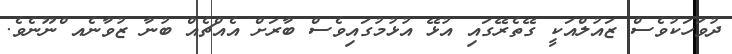
ދުވަހަކުވެސް ޒައުލްއަކީ ގޭތެރޭގައި އުޅޭ އުޅުމުގައިވެސް ބާރަށް އެއްޗެއް ބުނާ ޒުވާނެއ ްނޫނެވެ.